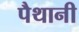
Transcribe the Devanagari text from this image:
पैथानी